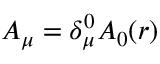
A _ { \mu } = \delta _ { \mu } ^ { 0 } A _ { 0 } ( r )